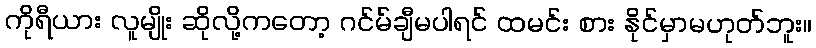
ကိုရီယား လူမျိုး ဆိုလို့ကတော့ ဂင်မ်ချီမပါရင် ထမင်း စား နိုင်မှာမဟုတ်ဘူး။